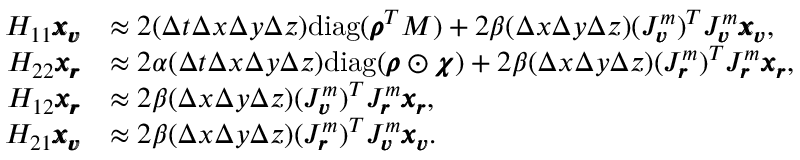
\begin{array} { r l } { H _ { 1 1 } \pmb { x _ { v } } } & { \approx 2 ( \Delta t \Delta x \Delta y \Delta z ) \mathrm { d i a g } ( \pmb { \rho } ^ { T } M ) + 2 \beta ( \Delta x \Delta y \Delta z ) ( J _ { \pmb { v } } ^ { m } ) ^ { T } J _ { \pmb { v } } ^ { m } \pmb { x _ { v } } , } \\ { H _ { 2 2 } \pmb { x _ { r } } } & { \approx 2 \alpha ( \Delta t \Delta x \Delta y \Delta z ) \mathrm { d i a g } ( \pmb { \rho } \odot \pmb { \chi } ) + 2 \beta ( \Delta x \Delta y \Delta z ) ( J _ { \pmb { r } } ^ { m } ) ^ { T } J _ { \pmb { r } } ^ { m } \pmb { x _ { r } } , } \\ { H _ { 1 2 } \pmb { x _ { r } } } & { \approx 2 \beta ( \Delta x \Delta y \Delta z ) ( J _ { \pmb { v } } ^ { m } ) ^ { T } J _ { \pmb { r } } ^ { m } \pmb { x _ { r } } , } \\ { H _ { 2 1 } \pmb { x _ { v } } } & { \approx 2 \beta ( \Delta x \Delta y \Delta z ) ( J _ { \pmb { r } } ^ { m } ) ^ { T } J _ { \pmb { v } } ^ { m } \pmb { x _ { v } } . } \end{array}